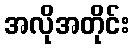
အလိုအတိုင်း